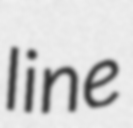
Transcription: line